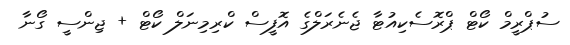
ސުޕްރީމް ކޯޓް ޕްރޮސެކިއުޓާ ޖެނެރަލްގެ އޮފީސް ކްރިމިނަލް ކޯޓް + ޖިންސީ ގޯނާ